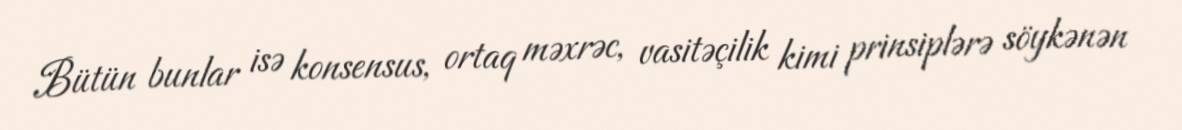
Bütün bunlar isə konsensus, ortaq məxrəc, vasitəçilik kimi prinsiplərə söykənən